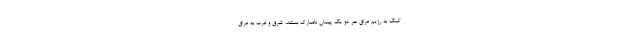
کمک به رژیم عراق هر دو یک پیمان نامبارک بستند. شرق و غرب به عراق